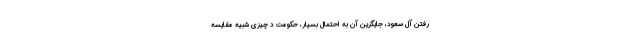
رفتن آل سعود، جایگزین آن به احتمال بسیار، حکومت د چیزی شبیه مقایسه